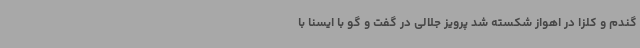
گندم و کلزا در اهواز شکسته شد پرویز جلالی در گفت و گو با ایسنا با